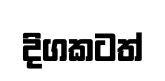
දිගකටත්